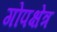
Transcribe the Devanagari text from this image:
गोपक्षेत्र